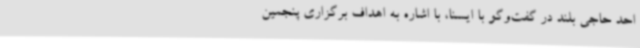
احد حاجی بلند در گفت‌وگو با ایسنا، با اشاره به اهداف برگزاری پنجمین